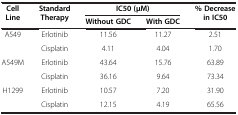
<table><thead><tr><td rowspan="2"><b>Cell Line</b></td><td rowspan="2"><b>Standard Therapy</b></td><td colspan="2"><b>IC50 (μM)</b></td><td rowspan="2"><b>% Decrease in IC50</b></td></tr><tr><td><b>Without GDC</b></td><td><b>With GDC</b></td></tr></thead><tbody><tr><td rowspan="2">A549</td><td>Erlotinib</td><td>11.56</td><td>11.27</td><td>2.51</td></tr><tr><td>Cisplatin</td><td>4.11</td><td>4.04</td><td>1.70</td></tr><tr><td rowspan="2">A549M</td><td>Erlotinib</td><td>43.64</td><td>15.76</td><td>63.89</td></tr><tr><td>Cisplatin</td><td>36.16</td><td>9.64</td><td>73.34</td></tr><tr><td rowspan="2">H1299</td><td>Erlotinib</td><td>10.57</td><td>7.20</td><td>31.90</td></tr><tr><td>Cisplatin</td><td>12.15</td><td>4.19</td><td>65.56</td></tr></tbody></table>